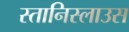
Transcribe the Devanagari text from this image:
स्तानिस्लाउस